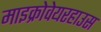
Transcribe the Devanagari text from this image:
माइक्रोवेयरहाउस